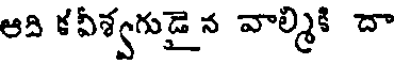
ఆది కవీశ్వగుడై న వాల్మికి దా